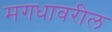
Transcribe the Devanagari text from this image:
मगधावरील